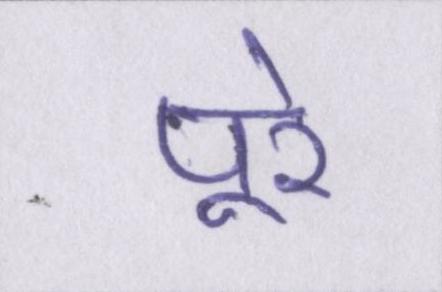
पूरे